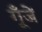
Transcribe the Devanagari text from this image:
गूँजें